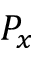
P _ { x }